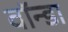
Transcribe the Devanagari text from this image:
वॉन्डा